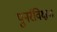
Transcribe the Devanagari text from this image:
पुनर्रविक्षण